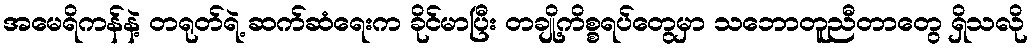
အမေရိကန်နဲ့ တရုတ်ရဲ့ ဆက်ဆံရေးက ခိုင်မာပြီး တချို့ကိစ္စရပ်တွေမှာ သဘောတူညီတာတွေ ရှိသလို